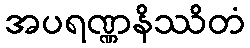
အပရဏ္ဏနိဿိတံ